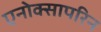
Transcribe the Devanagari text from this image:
एनोक्सापरिन